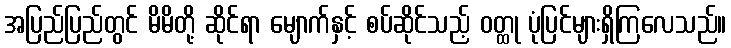
အပြည်ပြည်တွင် မိမိတို့ ဆိုင်ရာ မျောက်နှင့် စပ်ဆိုင်သည့် ဝတ္ထု ပုံပြင်များရှိကြလေသည်။